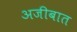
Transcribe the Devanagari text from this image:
अजीबात